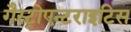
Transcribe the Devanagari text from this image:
गैस्ट्रोएन्टराइटिस